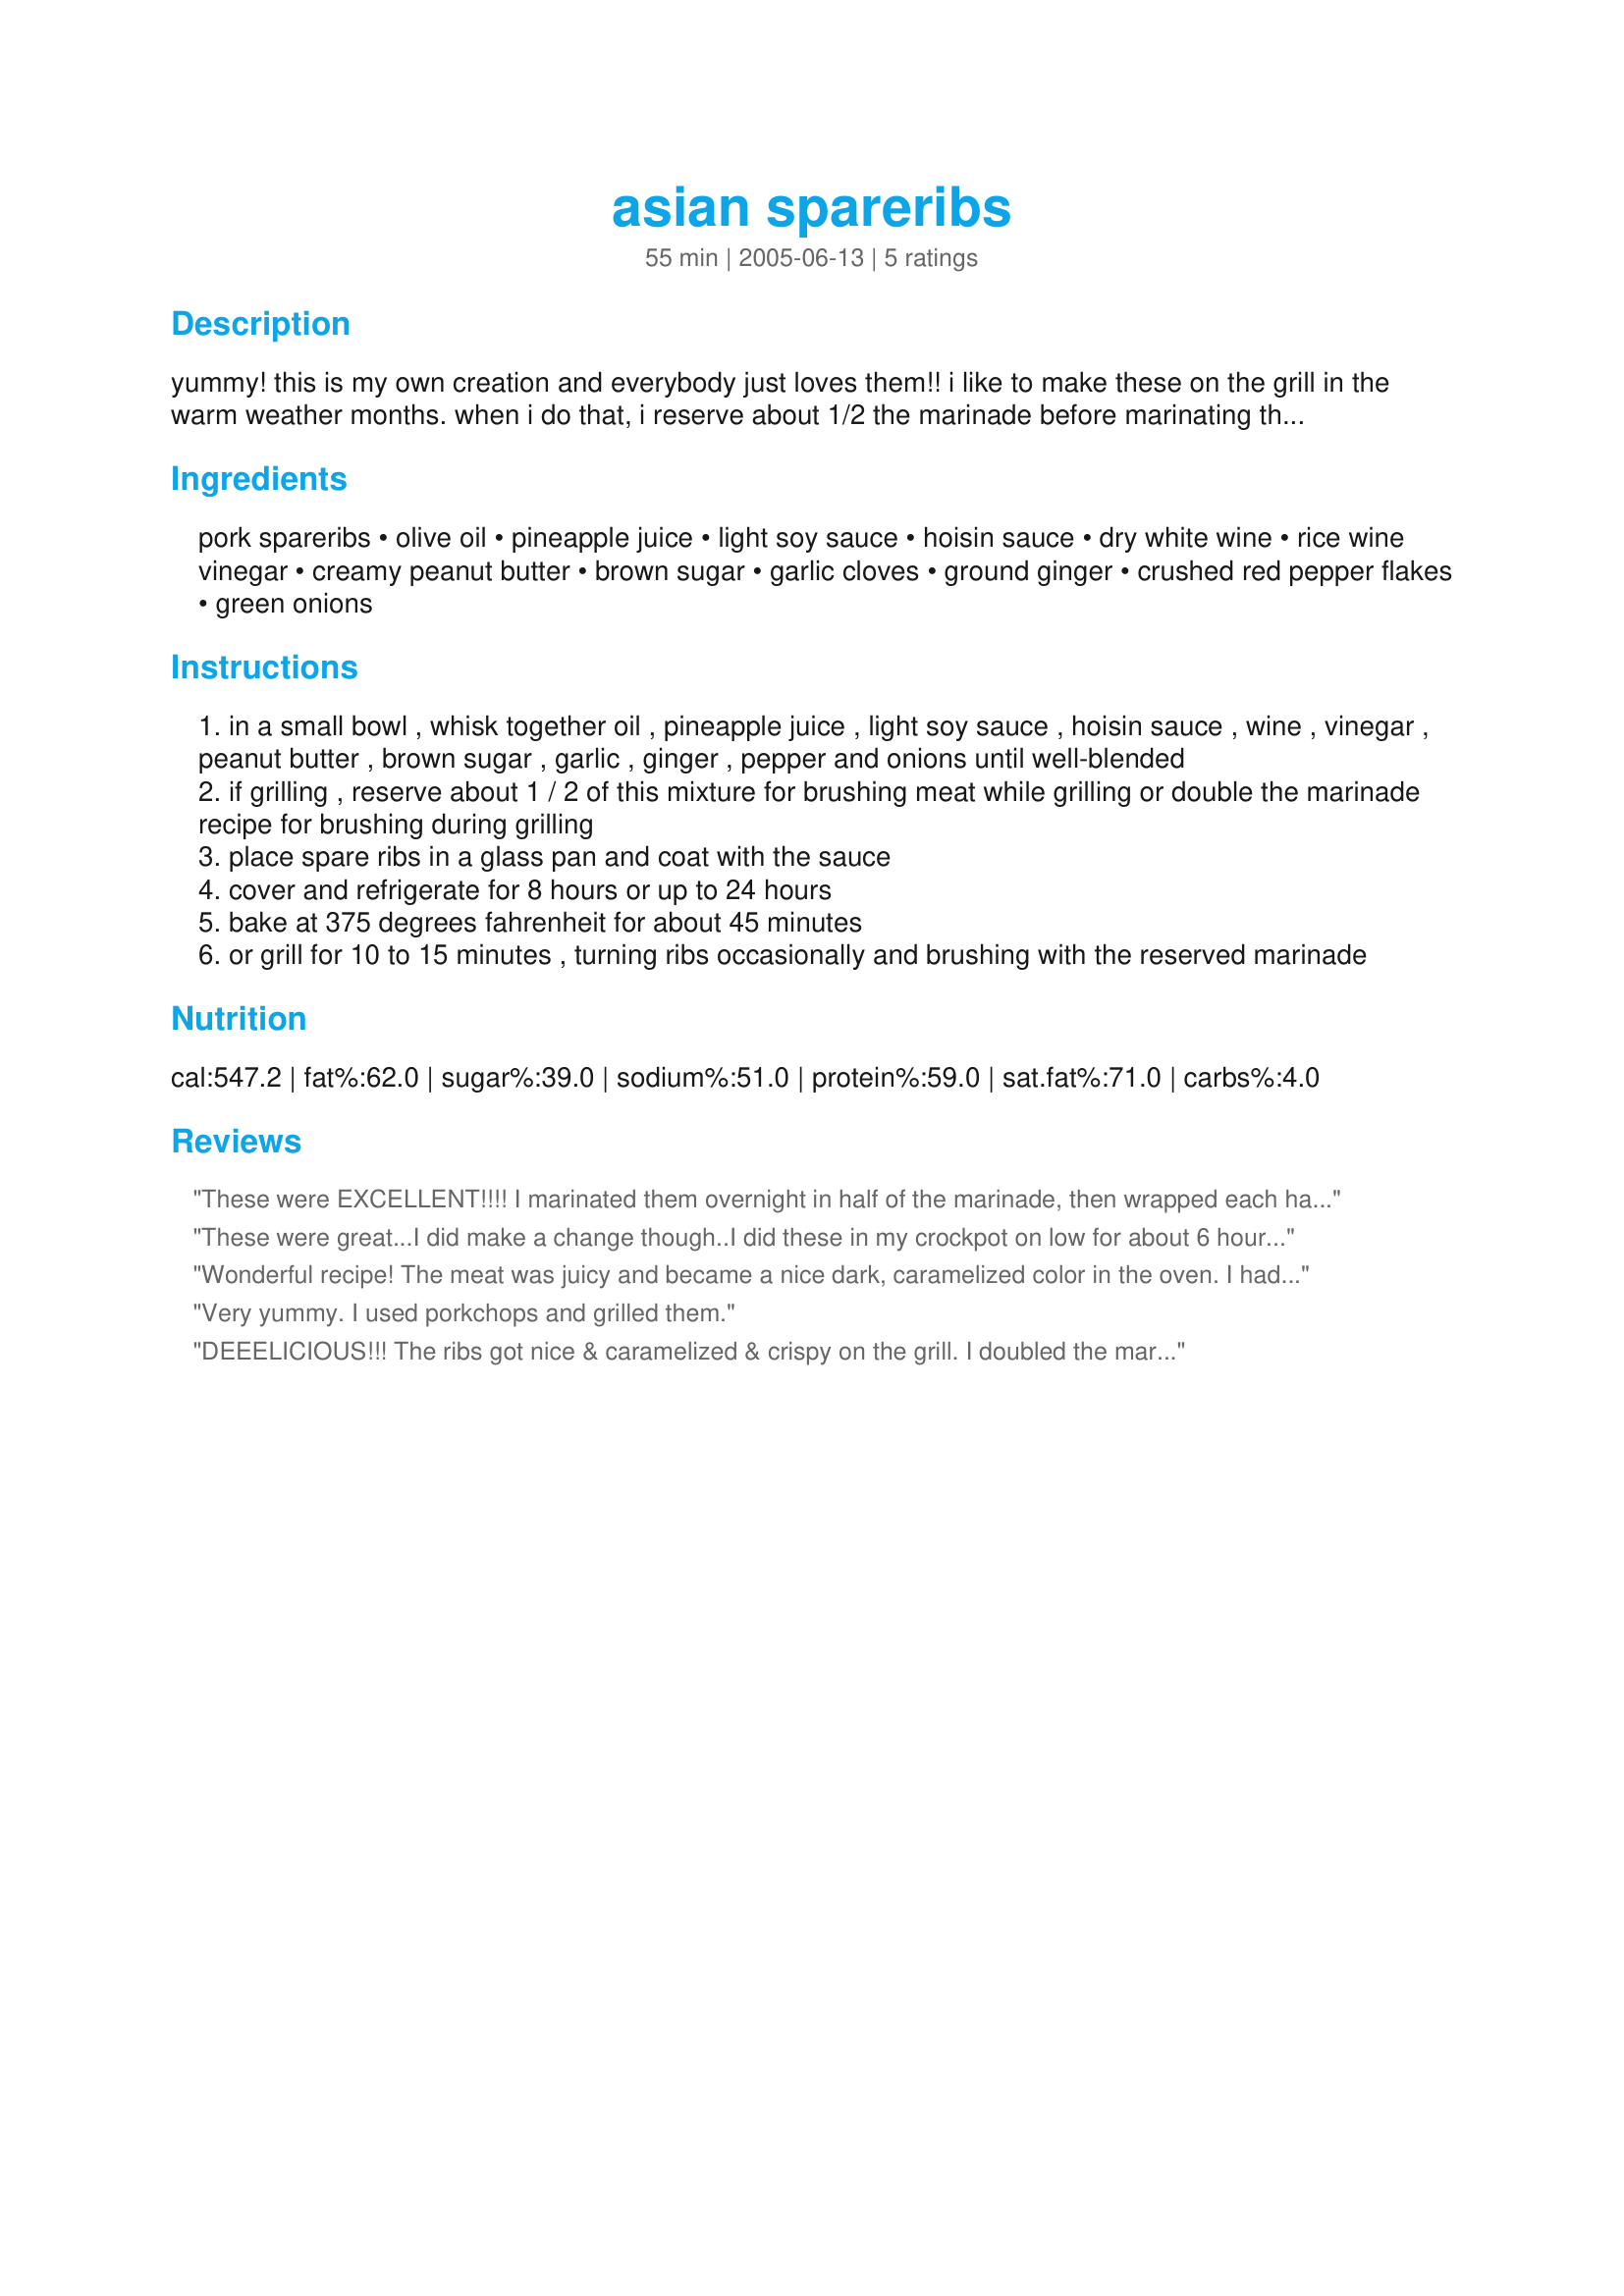
asian spareribs
Preparation time: 55 minutes

yummy! this is my own creation and everybody just loves them!!
i like to make these on the grill in the warm weather months. when i do that, i reserve about 1/2 the marinade before marinating the meat, and use the reserved marinade to brush the ribs with while grilling........or i'll just make 2 batches of marinade, and use the second batch just for brushing while grilling.
prep time does not include marinating time.

Ingredients:
pork spareribs, olive oil, pineapple juice, light soy sauce, hoisin sauce, dry white wine, rice wine vinegar, creamy peanut butter, brown sugar, garlic cloves, ground ginger, crushed red pepper flakes, green onions

Steps:
in a small bowl , whisk together oil , pineapple juice , light soy sauce , hoisin sauce , wine , vinegar , peanut butter , brown sugar , garlic , ginger , pepper and onions until well-blended
if grilling , reserve about 1 / 2 of this mixture for brushing meat while grilling or double the marinade recipe for brushing during grilling
place spare ribs in a glass pan and coat with the sauce
cover and refrigerate for 8 hours or up to 24 hours
bake at 375 degrees fahrenheit for about 45 minutes
or grill for 10 to 15 minutes , turning ribs occasionally and brushing with the reserved marinade

Reviews:
These were EXCELLENT!!!! I marinated them overnight in half of the marinade, then wrapped each half tightly in foil. I baked them in a 300Âº oven for 2 1/2 hours, took them out of their packets, then placed them in a foil-lined 13x9 pan. I kicked up the oven to 375Âº, poured the rest of the reserved marinade over them and baked them for another 10 minutes. They were so tender they fell off the bone!!! FANTASTIC flavor!!!! Will make again!!! Thanks so much!!! :)
These were great...I did make a change though..I did these in my crockpot on low for about 6 hours. Hubby said it was "very good". This is a high compliment coming from someone who says everything is "ok". Definately will make again. Served with white rice but will probably serve with fried rice or noodles next time.
Wonderful recipe! The meat was juicy and became a nice dark, caramelized color in the oven. I had a small boneless pork butt to use and cut the meat into &quot;country-style rib type sizes&quot; and was enjoyed by the whole family.
Very yummy. I used porkchops and grilled them.
DEEELICIOUS!!! The ribs got nice & caramelized & crispy on the grill. I doubled the marinade & had plenty to save on the side for basting. Great recipe!!! Thanks!!!
